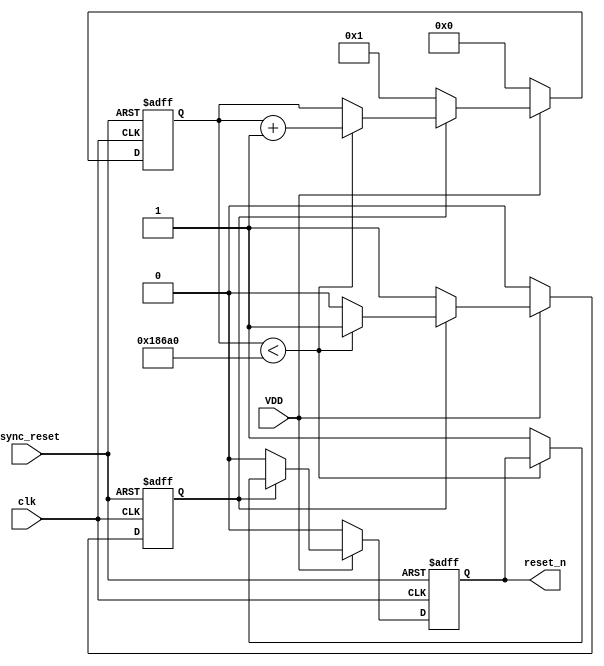
module power_on_reset (
    input wire VDD,               // Power supply signal
    input wire clk,               // Clock signal
    input wire async_reset,       // Asynchronous reset input
    output reg reset_n            // Active-low reset output
);

parameter RESET_DURATION = 100_000; // Duration of reset in clock cycles (adjust as needed)
reg [31:0] counter;                 // Counter for timing control
reg por_active;                     // Indicate if POR is active

// Initial state
initial begin
    reset_n = 1;                   // Reset is deasserted initially
    counter = 0;
    por_active = 0;
end

always @(posedge clk or negedge async_reset) begin
    if (!async_reset) begin
        // Asynchronous reset
        reset_n <= 0;              // Assert reset
        counter <= 0;              // Reset counter
        por_active <= 0;           // Reset POR active state
    end else if (VDD) begin
        if (!por_active) begin
            // Power is applied, start the POR sequence
            por_active <= 1;
            reset_n <= 0;          // Assert reset
            counter <= 1;          // Start counter
        end else if (counter < RESET_DURATION) begin
            counter <= counter + 1; // Increment counter
        end else begin
            // Release reset after specified duration
            reset_n <= 1;          // Deassert reset
            por_active <= 0;       // Reset POR active state
        end
    end else begin
        // If VDD goes low, reset everything
        reset_n <= 0;              // Assert reset
        counter <= 0;              // Reset counter
        por_active <= 0;           // Reset POR active state
    end
end

endmodule